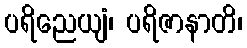
ပရိညေယျံ၊ ပရိဇာနာတိ၊